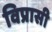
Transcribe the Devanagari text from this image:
विप्रासी